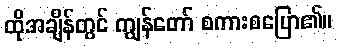
ထိုအချိန်တွင် ကျွန်တော် စကားစပြော၏။